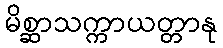
မိစ္ဆာသက္ကာယတ္တာနု